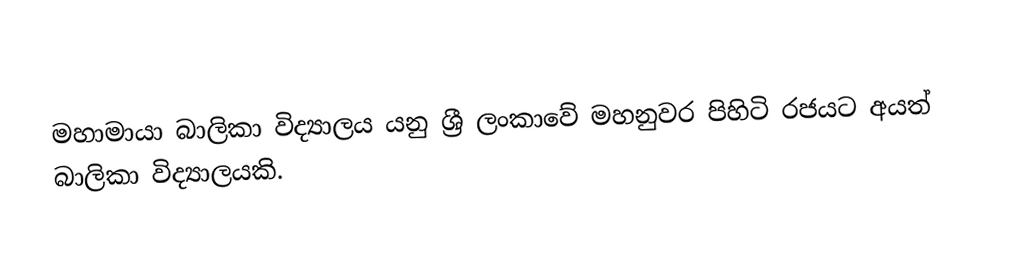
මහාමායා බාලිකා විද්‍යාලය යනු ශ්‍රී ලංකාවේ මහනුවර පිහිටි රජයට අයත් බාලිකා විද්‍යාලයකි.